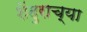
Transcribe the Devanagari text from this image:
शेंदुराच्या